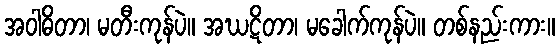
အဝါဓိတာ၊ မတီးကုန်ပဲ။ အဃဋိတာ၊ မခေါက်ကုန်ပဲ။ တစ်နည်းကား။